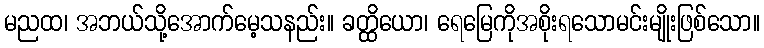
မညထ၊ အဘယ်သို့အောက်မေ့သနည်း။ ခတ္ထိယော၊ ရေမြေကိုအစိုးရသောမင်းမျိုးဖြစ်သော။